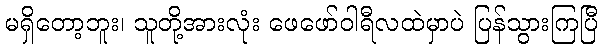
မရှိတော့ဘူး၊ သူတို့အားလုံး ဖေဖော်ဝါရီလထဲမှာပဲ ပြန်သွားကြပြီ